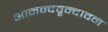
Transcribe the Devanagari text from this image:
आनन्दवृन्दावन